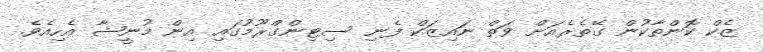
ޒެކް ކޮންތާކުން ގޭތެރެއަށް ވަތް ނައިޒަކް ފެނި ސިޓިންގްރޫމުގައި އިން މުނީޝާ އެހިއެވެ.